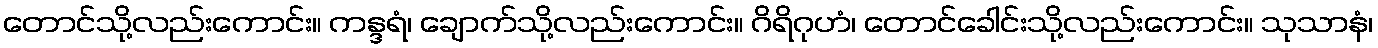
တောင်သို့လည်းကောင်း။ ကန္ဒရံ၊ ချောက်သို့လည်းကောင်း။ ဂိရိဂုဟံ၊ တောင်ခေါင်းသို့လည်းကောင်း။ သုသာနံ၊